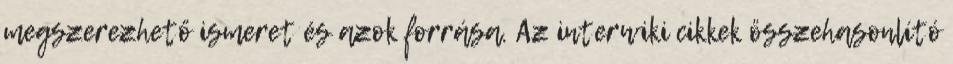
megszerezhető ismeret és azok forrása. Az interwiki cikkek összehasonlító